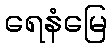
ရေနံမြေ